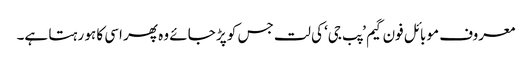
معروف موبائل فون گیم ’پب جی‘ کی لت جس کو پڑ جائے وہ پھر اسی کا ہو رہتا ہے۔